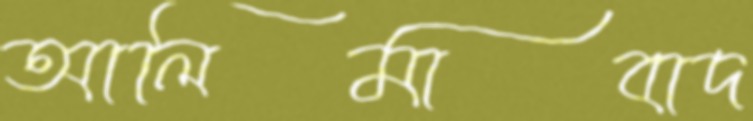
আলিমাবাদ